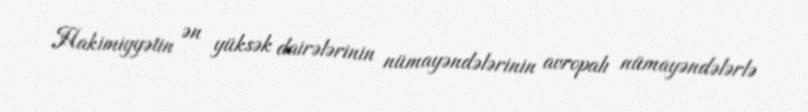
Hakimiyyətin ən yüksək dairələrinin nümayəndələrinin avropalı nümayəndələrlə